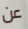
عن